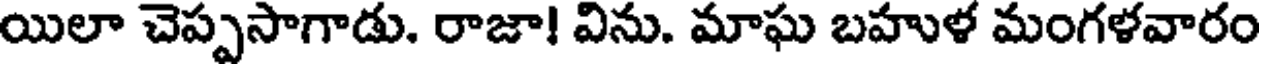
యిలా చెప్పసాగాడు. రాజా! విను. మాఘ బహుళ మంగళవారం